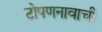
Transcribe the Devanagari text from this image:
टोपणनावाची